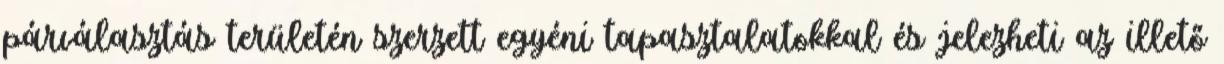
párválasztás területén szerzett egyéni tapasztalatokkal és jelezheti az illető